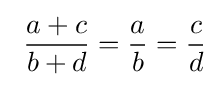
\ {\dfrac {a+c}{b+d}}={\frac {a}{b}}={\frac {c}{d}}